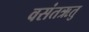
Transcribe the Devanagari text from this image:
वसंतऋतु